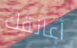
أعانقك